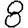
Digit: 8